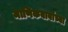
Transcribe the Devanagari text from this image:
माणिकबाबांच्या